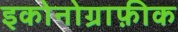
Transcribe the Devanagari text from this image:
इकोनोग्राफ़ीक